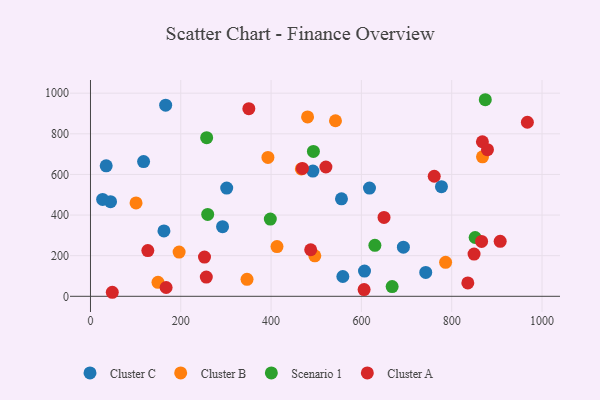
{"axis": {"x": "Investment", "y": "Yield"}, "legend": ["Cluster A", "Cluster B", "Cluster C", "Scenario 1"], "data": [{"x": "292.5", "y": 343.0, "type": "Cluster C"}, {"x": "34.8", "y": 642.5, "type": "Cluster C"}, {"x": "117.6", "y": 663.2, "type": "Cluster C"}, {"x": "555.9", "y": 480.1, "type": "Cluster C"}, {"x": "301.7", "y": 533.0, "type": "Cluster C"}, {"x": "606.9", "y": 124.0, "type": "Cluster C"}, {"x": "558.9", "y": 97.5, "type": "Cluster C"}, {"x": "44.4", "y": 466.0, "type": "Cluster C"}, {"x": "693.0", "y": 241.7, "type": "Cluster C"}, {"x": "166.5", "y": 941.1, "type": "Cluster C"}, {"x": "492.6", "y": 616.7, "type": "Cluster C"}, {"x": "777.3", "y": 539.9, "type": "Cluster C"}, {"x": "26.9", "y": 476.7, "type": "Cluster C"}, {"x": "162.7", "y": 321.7, "type": "Cluster C"}, {"x": "742.5", "y": 117.7, "type": "Cluster C"}, {"x": "617.9", "y": 532.8, "type": "Cluster C"}, {"x": "496.8", "y": 199.5, "type": "Cluster B"}, {"x": "100.9", "y": 459.5, "type": "Cluster B"}, {"x": "467.0", "y": 627.0, "type": "Cluster B"}, {"x": "149.5", "y": 68.9, "type": "Cluster B"}, {"x": "786.5", "y": 167.1, "type": "Cluster B"}, {"x": "393.0", "y": 683.8, "type": "Cluster B"}, {"x": "542.6", "y": 864.4, "type": "Cluster B"}, {"x": "480.8", "y": 883.2, "type": "Cluster B"}, {"x": "413.1", "y": 244.9, "type": "Cluster B"}, {"x": "196.3", "y": 217.5, "type": "Cluster B"}, {"x": "868.2", "y": 686.7, "type": "Cluster B"}, {"x": "346.7", "y": 83.4, "type": "Cluster B"}, {"x": "493.7", "y": 713.5, "type": "Scenario 1"}, {"x": "851.9", "y": 289.6, "type": "Scenario 1"}, {"x": "259.6", "y": 403.1, "type": "Scenario 1"}, {"x": "668.1", "y": 48.0, "type": "Scenario 1"}, {"x": "257.3", "y": 781.0, "type": "Scenario 1"}, {"x": "629.9", "y": 251.0, "type": "Scenario 1"}, {"x": "398.3", "y": 380.1, "type": "Scenario 1"}, {"x": "874.4", "y": 967.8, "type": "Scenario 1"}, {"x": "521.4", "y": 636.7, "type": "Cluster A"}, {"x": "967.6", "y": 856.8, "type": "Cluster A"}, {"x": "907.4", "y": 270.7, "type": "Cluster A"}, {"x": "127.0", "y": 224.9, "type": "Cluster A"}, {"x": "487.7", "y": 229.1, "type": "Cluster A"}, {"x": "469.4", "y": 629.4, "type": "Cluster A"}, {"x": "48.3", "y": 19.8, "type": "Cluster A"}, {"x": "256.5", "y": 94.5, "type": "Cluster A"}, {"x": "866.2", "y": 270.2, "type": "Cluster A"}, {"x": "252.5", "y": 192.9, "type": "Cluster A"}, {"x": "761.3", "y": 591.1, "type": "Cluster A"}, {"x": "868.0", "y": 761.0, "type": "Cluster A"}, {"x": "350.7", "y": 923.5, "type": "Cluster A"}, {"x": "879.2", "y": 721.8, "type": "Cluster A"}, {"x": "650.1", "y": 388.1, "type": "Cluster A"}, {"x": "606.0", "y": 33.3, "type": "Cluster A"}, {"x": "849.5", "y": 208.0, "type": "Cluster A"}, {"x": "835.7", "y": 65.7, "type": "Cluster A"}, {"x": "167.5", "y": 43.4, "type": "Cluster A"}]}